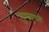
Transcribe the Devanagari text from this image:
गुणगुणतो